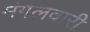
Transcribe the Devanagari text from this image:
मंगलवारी